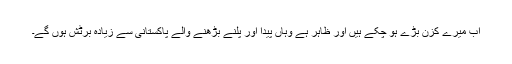
اب میرے کزن بڑے ہو چکے ہیں اور ظاہر ہے وہاں پیدا اور پلنے بڑھنے والے پاکستانی سے زیادہ برٹش ہوں گے۔